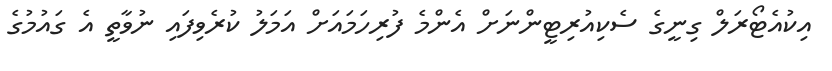
އިކުއެޓޯރަލް ގިނީގެ ސެކިއުރިޓީންނަށް އެންމެ ފުރިހަމައަށް އަމަލު ކުރެވިފައި ނުވާތީ އެ ގައުމުގެ